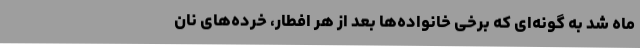
ماه شد به گونه‌ای که برخی خانواده‌ها بعد از هر افطار، خرده‌های نان